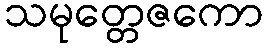
သမုတ္တေဇကော